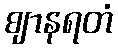
ဈာနရတံ